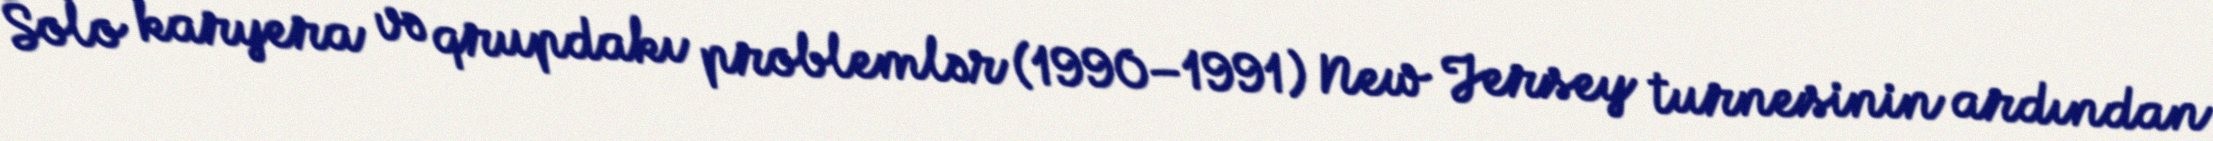
Solo karyera və qrupdakı problemlər (1990–1991) New Jersey turnesinin ardından